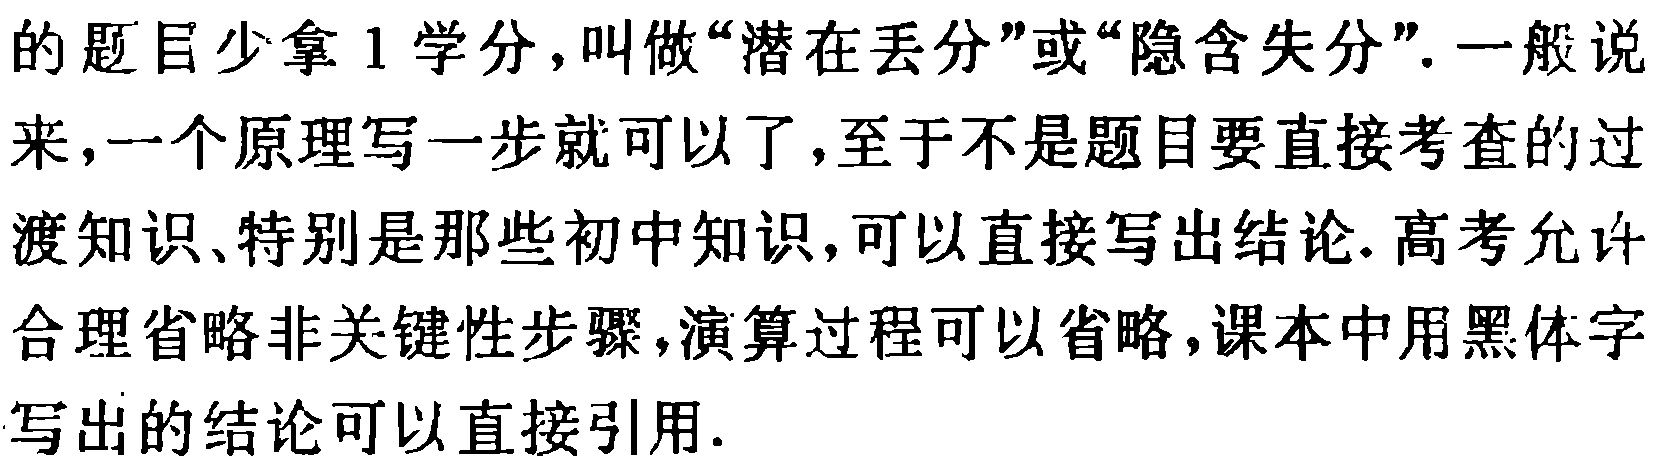
的题目少拿1学分，叫做“潜在丢分”或“隐含失分”. 一般说来，一个原理写一步就可以了，至于不是题目要直接考查的过渡知识、特别是那些初中知识，可以直接写出结论. 高考允许合理省略非关键性步骤，演算过程可以省略，课本中用黑体字写出的结论可以直接引用.